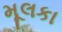
મૂલકા